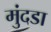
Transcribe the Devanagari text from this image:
मुंदडा